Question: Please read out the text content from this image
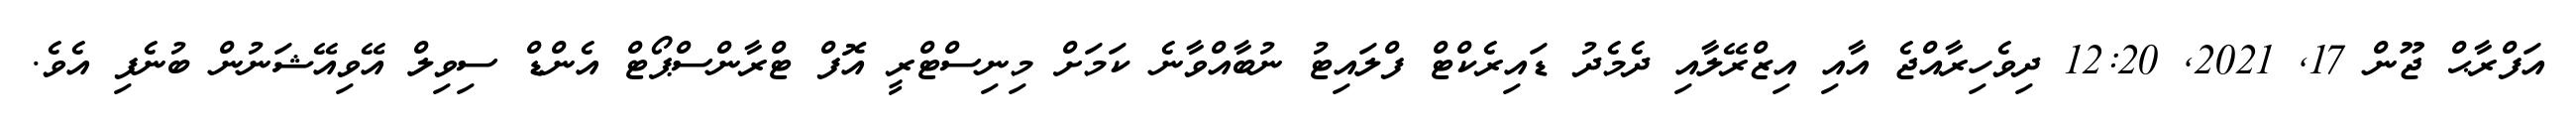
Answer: އަފްރާޙް ޖޫން 17, 2021, 12:20 ދިވެހިރާއްޖެ އާއި އިޒްރޭލާއި ދެމެދު ޑައިރެކްޓް ފްލައިޓު ނުބާއްވާނެ ކަމަށް މިނިސްޓްރީ އޮފް ޓްރާންސްޕޯޓް އެންޑް ސިވިލް އޭވިއޭޝަނުން ބުނެފި އެވެ.